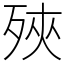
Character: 殎